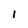
Character: 1